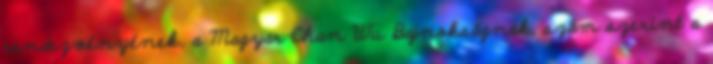
rendezvényének, a Magyar Chan Wu Bajnokságnak, szám szerint a